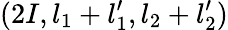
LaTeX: (2I,l_{1}+l_{1}^{\prime},l_{2}+l_{2}^{\prime})